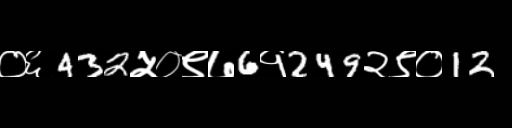
Text: ०६432५०९७6१249२९०12